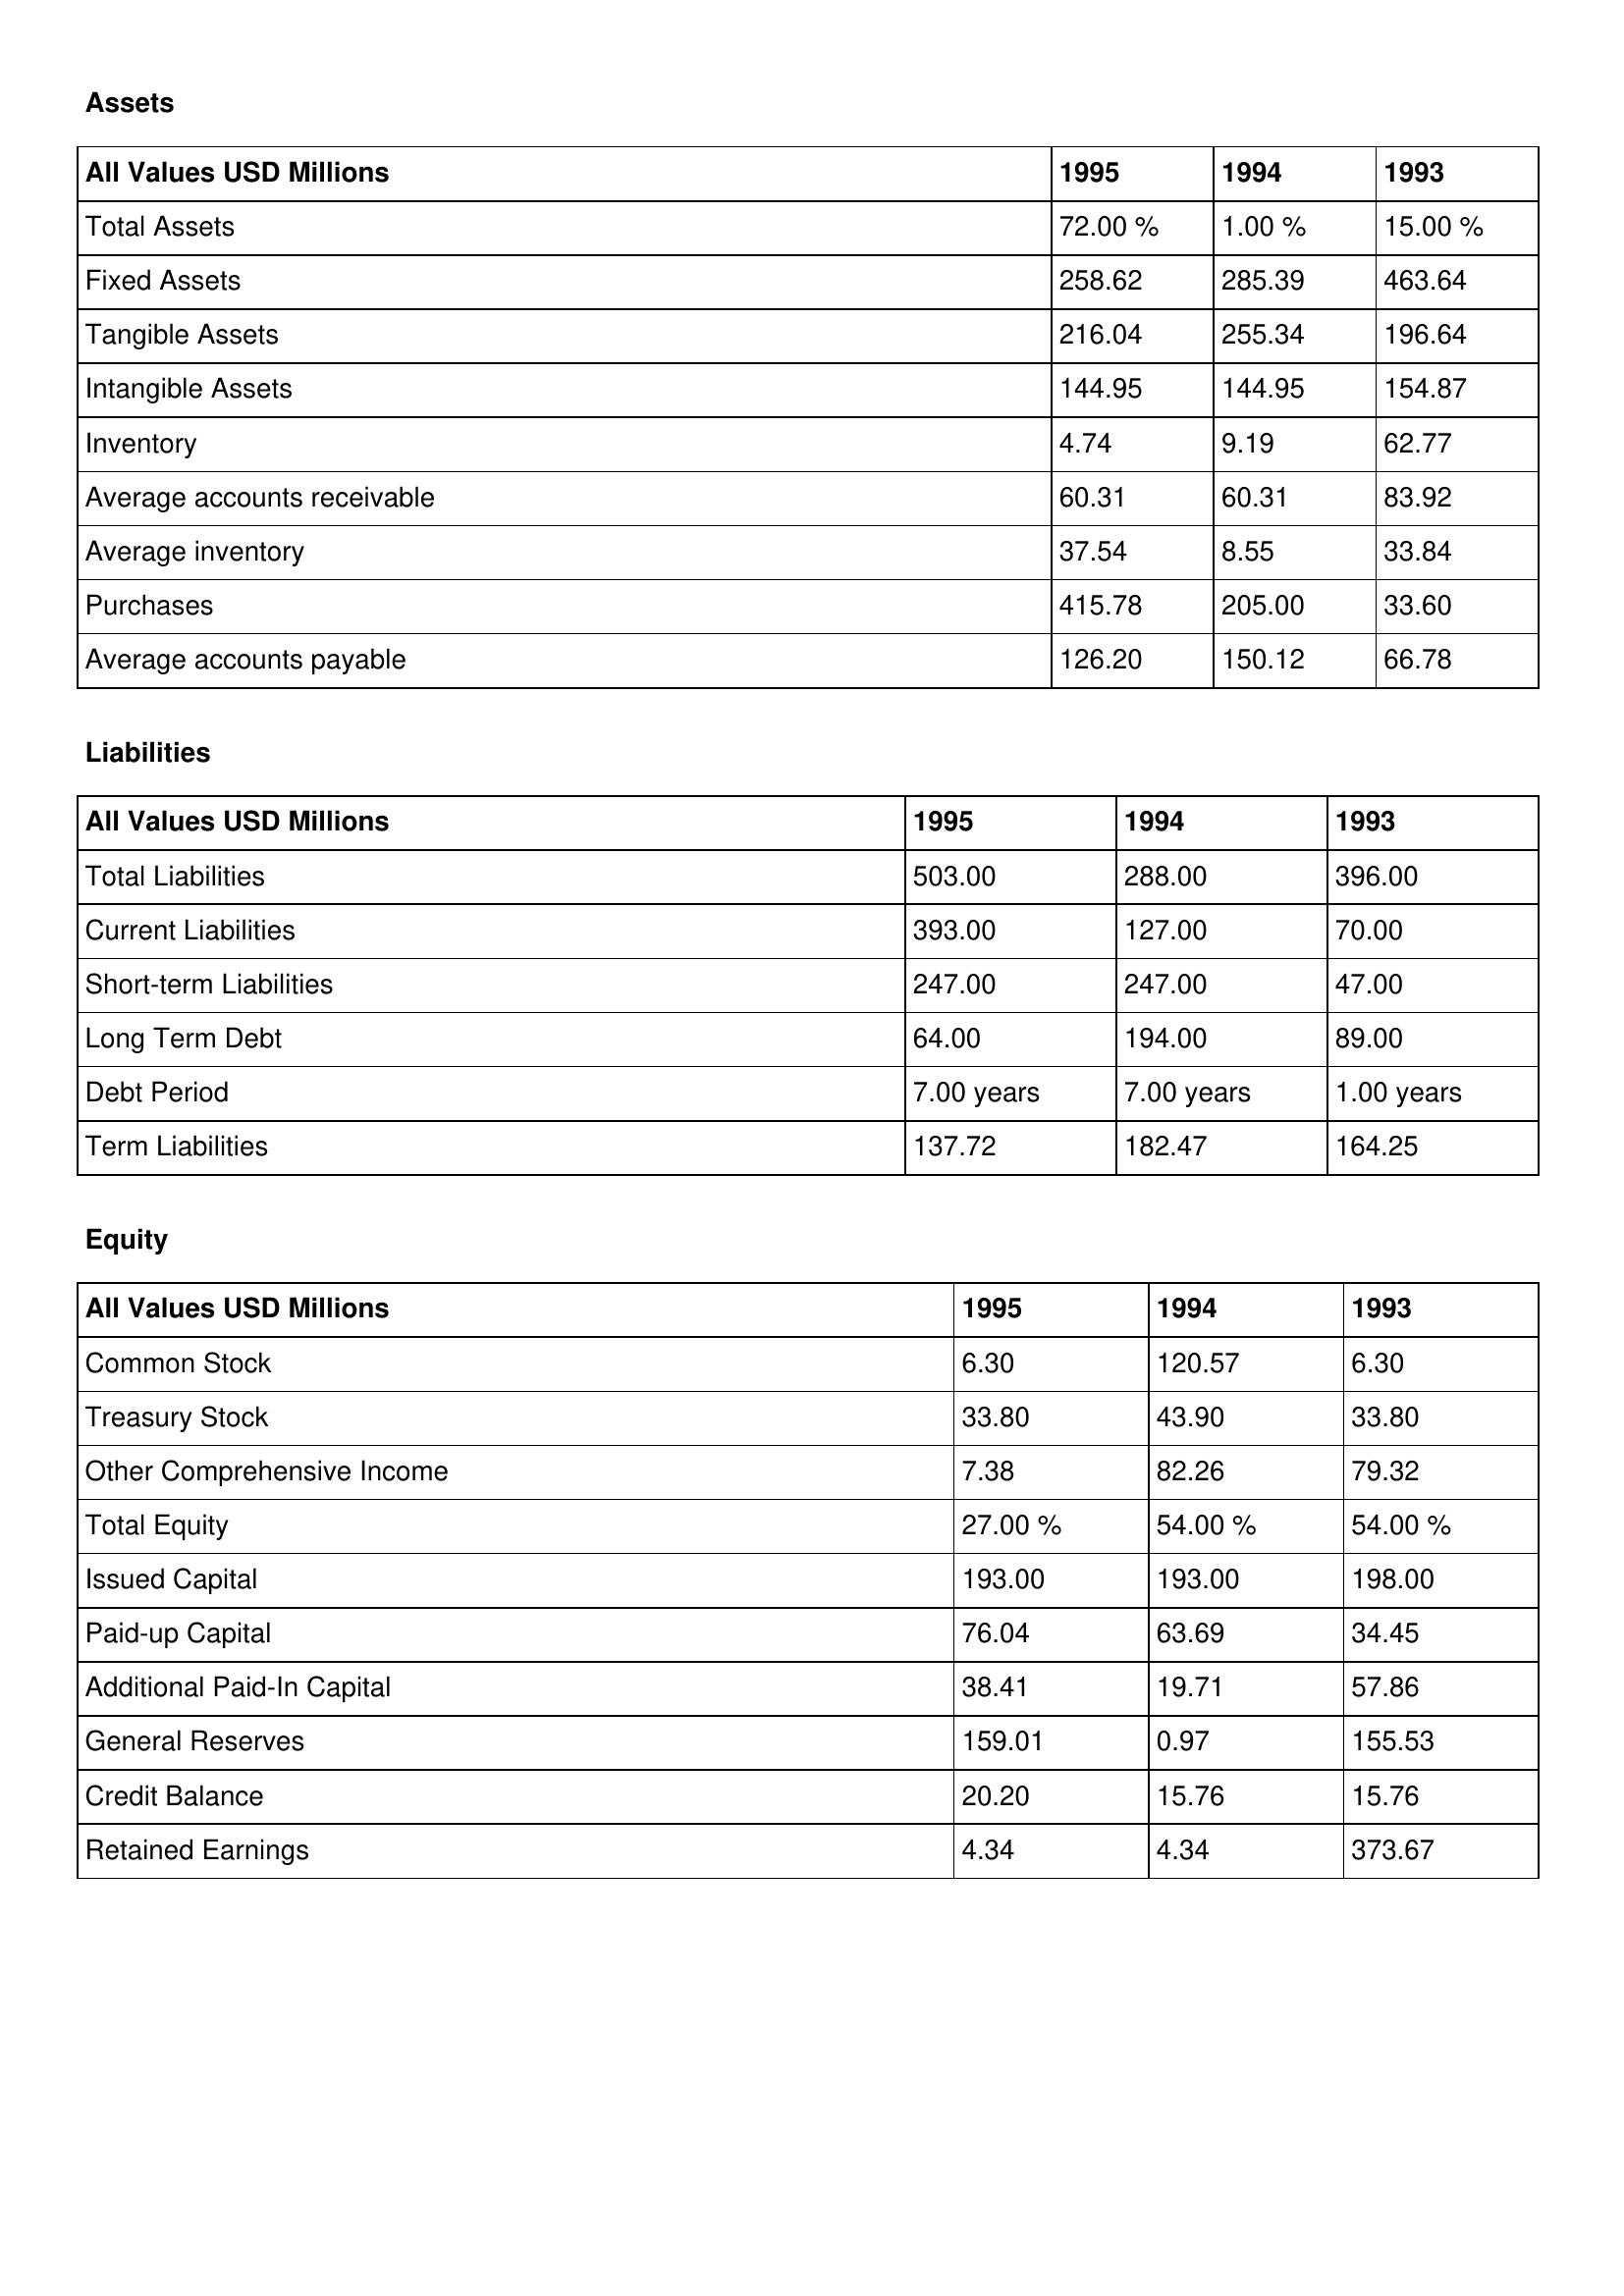
gt_parse: 1995: Assets: Total Assets: 72.00 %
Fixed Assets: 258.62
Tangible Assets: 216.04
Intangible Assets: 144.95
Inventory: 4.74
Average accounts receivable: 60.31
Average inventory: 37.54
Purchases: 415.78
Average accounts payable: 126.20
Liabilities: Total Liabilities: 503.00
Current Liabilities: 393.00
Short-term Liabilities: 247.00
Long Term Debt: 64.00
Debt Period: 7.00 years
Term Liabilities: 137.72
Equity: Common Stock: 6.30
Treasury Stock: 33.80
Other Comprehensive Income: 7.38
Total Equity: 27.00 %
Issued Capital: 193.00
Paid-up Capital: 76.04
Additional Paid-In Capital: 38.41
General Reserves: 159.01
Credit Balance: 20.20
Retained Earnings: 4.34
1994: Assets: Total Assets: 1.00 %
Fixed Assets: 285.39
Tangible Assets: 255.34
Intangible Assets: 144.95
Inventory: 9.19
Average accounts receivable: 60.31
Average inventory: 8.55
Purchases: 205.00
Average accounts payable: 150.12
Liabilities: Total Liabilities: 288.00
Current Liabilities: 127.00
Short-term Liabilities: 247.00
Long Term Debt: 194.00
Debt Period: 7.00 years
Term Liabilities: 182.47
Equity: Common Stock: 120.57
Treasury Stock: 43.90
Other Comprehensive Income: 82.26
Total Equity: 54.00 %
Issued Capital: 193.00
Paid-up Capital: 63.69
Additional Paid-In Capital: 19.71
General Reserves: 0.97
Credit Balance: 15.76
Retained Earnings: 4.34
1993: Assets: Total Assets: 15.00 %
Fixed Assets: 463.64
Tangible Assets: 196.64
Intangible Assets: 154.87
Inventory: 62.77
Average accounts receivable: 83.92
Average inventory: 33.84
Purchases: 33.60
Average accounts payable: 66.78
Liabilities: Total Liabilities: 396.00
Current Liabilities: 70.00
Short-term Liabilities: 47.00
Long Term Debt: 89.00
Debt Period: 1.00 years
Term Liabilities: 164.25
Equity: Common Stock: 6.30
Treasury Stock: 33.80
Other Comprehensive Income: 79.32
Total Equity: 54.00 %
Issued Capital: 198.00
Paid-up Capital: 34.45
Additional Paid-In Capital: 57.86
General Reserves: 155.53
Credit Balance: 15.76
Retained Earnings: 373.67